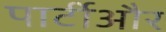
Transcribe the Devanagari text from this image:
पार्टीऔर